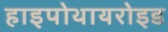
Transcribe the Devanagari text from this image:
हाइपोथायरोइड